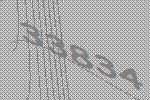
33834